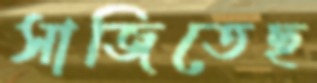
সাজিতেছ